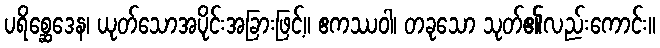
ပရိစ္ဆေဒေန၊ ယုတ်သောအပိုင်းအခြားဖြင့်။ ဧကဿဝါ၊ တခုသော သုတ်၏လည်းကောင်း။